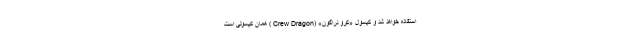
استفاده خواهد شد و کپسول «کرو دراگون» (Crew Dragon ) همان کپسولی است